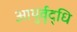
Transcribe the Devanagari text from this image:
आयुर्वृद्धि